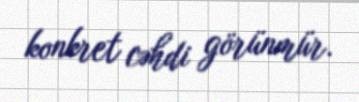
konkret cəhdi görünmür.